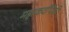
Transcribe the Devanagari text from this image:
महाकवींपैकी